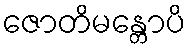
ဇောတိမန္တောပိ